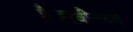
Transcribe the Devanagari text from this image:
है।नवीनतम